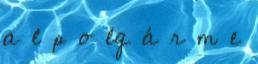
a l p o lg á r m e